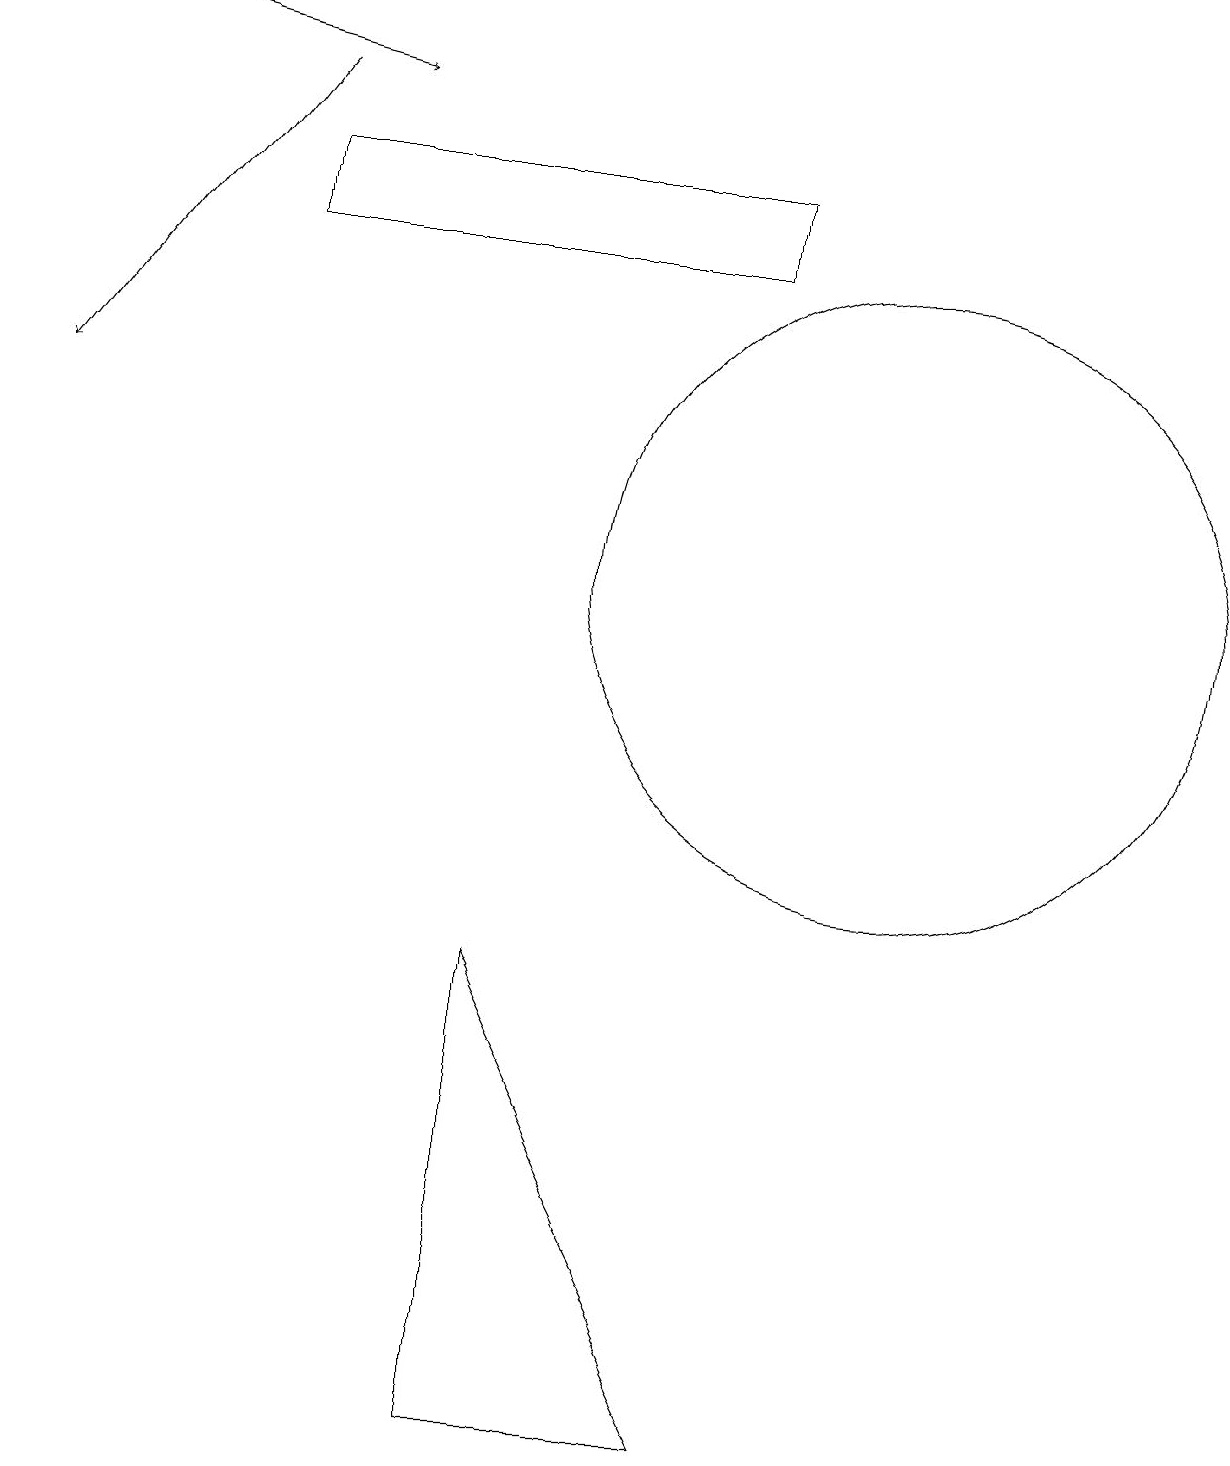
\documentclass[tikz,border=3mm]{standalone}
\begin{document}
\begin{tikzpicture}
\draw[->] (0,18) -- (4,17);
\draw (11,11) circle (4);
\draw (6,0) -- (9,0) -- (6,6) -- cycle;
\draw (3,16) rectangle (9,15);
\draw[->] (3,17) -- (0,13);
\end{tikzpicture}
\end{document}